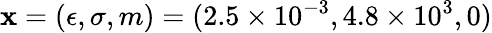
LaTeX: \displaystyle\boldsymbol{\mathbf{x}}=(\epsilon,\sigma,m)=(2.5\times10^{-3},4.8\times10^{3},0)